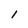
Character: l